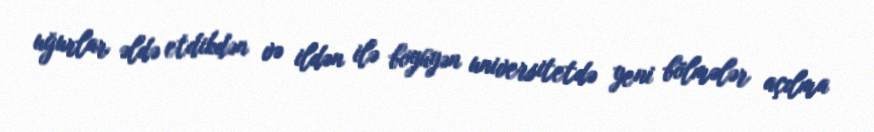
uğurlar əldə etdikdən və ildən ilə böyüyən universitetdə yeni bölmələr açılma